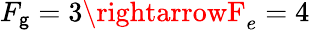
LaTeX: F_{\mathsf{g}}=3\rightarrowF_{e}=4